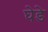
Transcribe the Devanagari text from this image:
घेडे